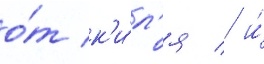
о́т к'и́л'я / и́